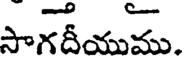
సాగదీయుము.